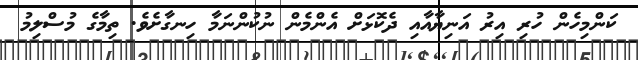
ކަންމިހެން ހުރި އިރު އަނިޔާއާއި ދެކޮޅަށް އެންމެން ނުކުންނަމާ ހިނގާށެވެ. ތިމާގެ މުސްލިމު